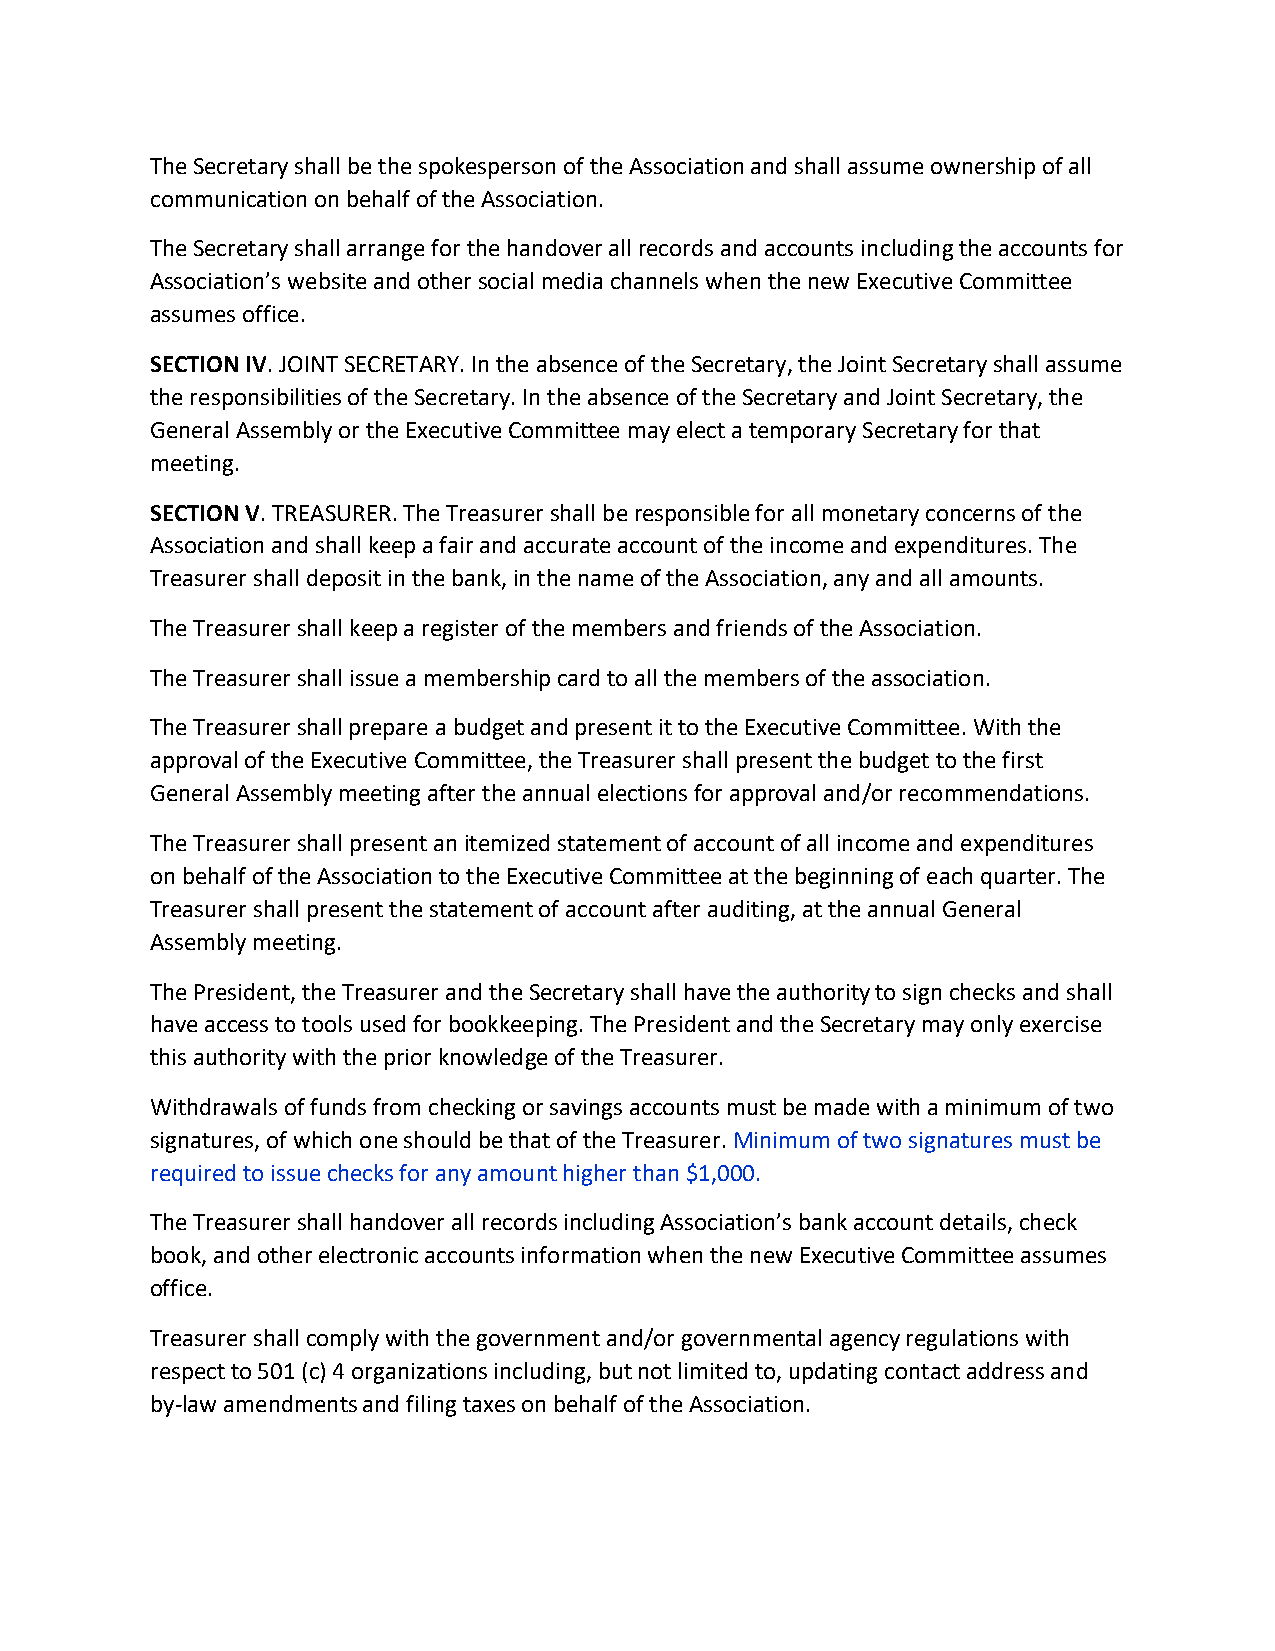
The Secretary shall be the spokesperson of the Association and shall assume ownership of all
 communication on behalf of the Association.
 The Secretary shall arrange for the handover all records and accounts including the accounts for
 Association’s website and other social media channels when the new Executive Committee
 assumes office.
 SECTION IV. JOINT SECRETARY. In the absence of the Secretary, the Joint Secretary shall assume
 the responsibilities of the Secretary. In the absence of the Secretary and Joint Secretary, the
 General Assembly or the Executive Committee may elect a temporary Secretary for that
 meeting.
 SECTION V. TREASURER. The Treasurer shall be responsible for all monetary concerns of the
 Association and shall keep a fair and accurate account of the income and expenditures. The
 Treasurer shall deposit in the bank, in the name of the Association, any and all amounts.
 The Treasurer shall keep a register of the members and friends of the Association.
 The Treasurer shall issue a membership card to all the members of the association.
 The Treasurer shall prepare a budget and present it to the Executive Committee. With the
 approval of the Executive Committee, the Treasurer shall present the budget to the first
 General Assembly meeting after the annual elections for approval and/or recommendations.
 The Treasurer shall present an itemized statement of account of all income and expenditures
 on behalf of the Association to the Executive Committee at the beginning of each quarter. The
 Treasurer shall present the statement of account after auditing, at the annual General
 Assembly meeting.
 The President, the Treasurer and the Secretary shall have the authority to sign checks and shall
 have access to tools used for bookkeeping. The President and the Secretary may only exercise
 this authority with the prior knowledge of the Treasurer.
 Withdrawals of funds from checking or savings accounts must be made with a minimum of two
 signatures, of which one should be that of the Treasurer. Minimum of two signatures must be
 required to issue checks for any amount higher than $1,000.
 The Treasurer shall handover all records including Association’s bank account details, check
 book, and other electronic accounts information when the new Executive Committee assumes
 office.
 Treasurer shall comply with the government and/or governmental agency regulations with
 respect to 501 (c) 4 organizations including, but not limited to, updating contact address and
 by-law amendments and filing taxes on behalf of the Association.